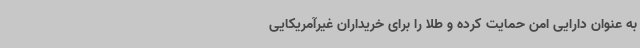
به عنوان دارایی امن حمایت کرده و طلا را برای خریداران غیرآمریکایی